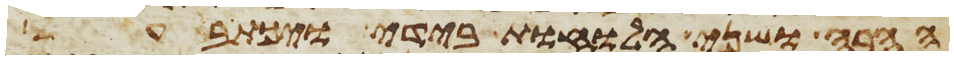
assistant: ההרה ושני הלוחות בידי ויכתב על